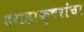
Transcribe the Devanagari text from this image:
दगडाक्षरांचा